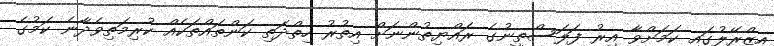
އިޒްރޭލުގައި ކަމަށްވާ އިރު ފަލަސްތީނުގެ ރައްޔިތުންނަށް އިތުރު ހިތްދަތި ކަންތައްތަކެއް ކުރިމަތިވެދާނެ ކަމުގެ